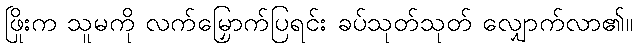
ဖြိုးက သူမကို လက်မြှောက်ပြရင်း ခပ်သုတ်သုတ် လျှောက်လာ၏။